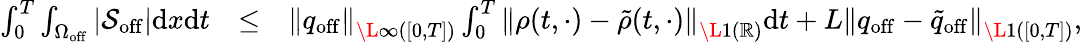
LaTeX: \begin{array}{rlr}{\int_{0}^{T}\int_{\Omega_{\mathrm{off}}}\left|\mathcal{S}_{\mathrm{off}}\right|\mathrm{d}x\mathrm{d}t}&{\leq}&{{\left\| {q}_{\mathrm{off}}\right\| _{\L{\infty}([0,T])}}\int_{0}^{T}\left\| \rho(t,\cdot)-\tilde{\rho}(t,\cdot)\right\| _{\L{1}(\mathbb{R})}\mathrm{d}t+{L}\left\| q_{\mathrm{off}}-\tilde{q}_{\mathrm{off}}\right\| _{\L{1}([0,T])},}\end{array}